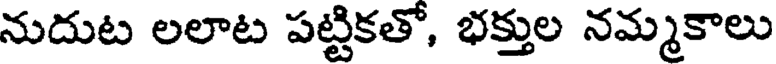
నుదుట లలాట పట్టికతో, భక్తుల నమ్మకాలు